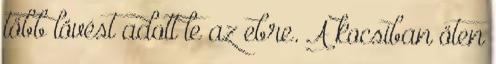
több lövést adott le az ebre. A kocsiban öten